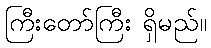
ကြီးတော်ကြီး ရှိမည်။